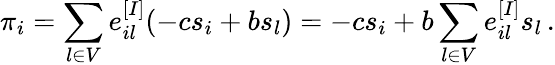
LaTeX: \pi_{i}=\sum_{l\in V}e_{il}^{[I]}(-cs_{i}+bs_{l})=-cs_{i}+b\sum_{l\in V}e_{il}^{[I]}s_{l}\, .